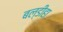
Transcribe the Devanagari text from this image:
बल्डीहा